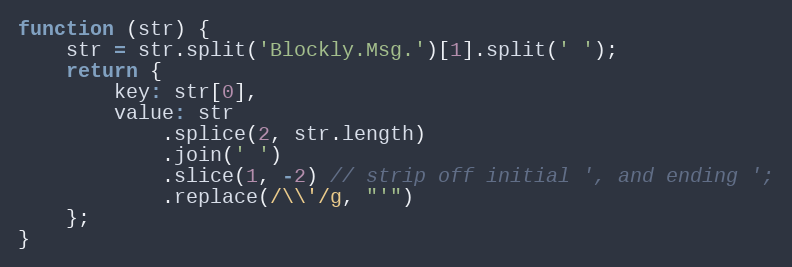
Language: JavaScript
function (str) {
    str = str.split('Blockly.Msg.')[1].split(' ');
    return {
        key: str[0],
        value: str
            .splice(2, str.length)
            .join(' ')
            .slice(1, -2) // strip off initial ', and ending ';
            .replace(/\\'/g, "'")
    };
}